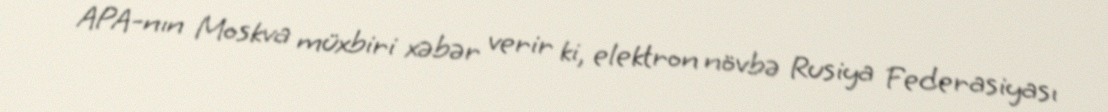
APA-nın Moskva müxbiri xəbər verir ki, elektron növbə Rusiya Federasiyası